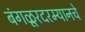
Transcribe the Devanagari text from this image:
बंगळूरदरम्यानचे